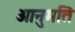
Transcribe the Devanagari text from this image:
आनुमति